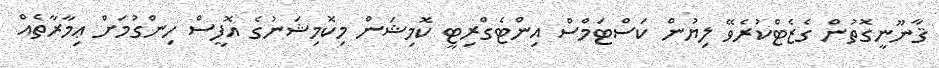
ޤާނޫނީގޮތުން ގެޒެޓްކުރެވޭ ލިޔުން ކަސްޓަމްސް އިންޓެގްރިޓީ ކޮމިޝަން މިކޮމިޝަނުގެ އޮފީސް ހިންގުމަށް ޢިމާރާތެއް